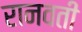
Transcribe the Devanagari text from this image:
रानवती